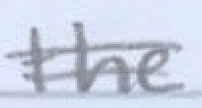
Text: the
Cross-out: double-line
Writing tool: pencil